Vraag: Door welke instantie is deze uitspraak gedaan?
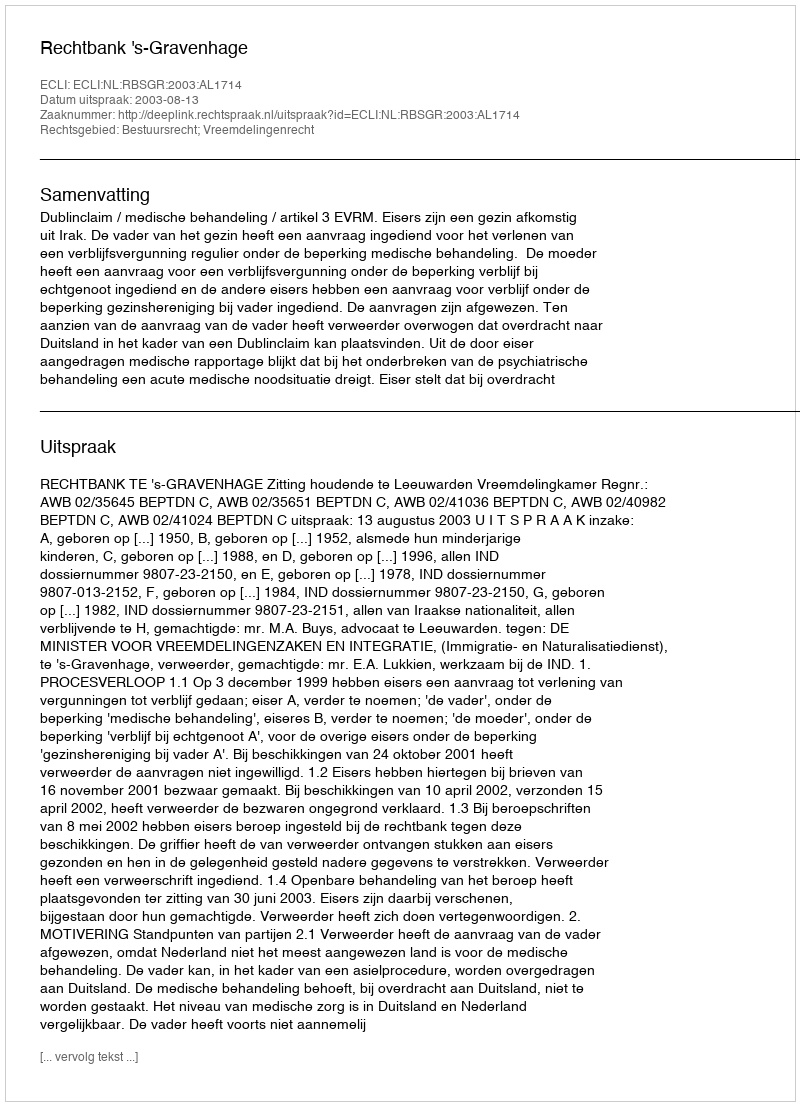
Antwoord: Rechtbank 's-Gravenhage